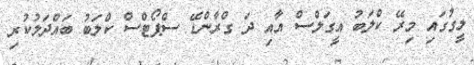
ލީގުގައި މިރޭ ކްލަބު އީގަލްސް އާއި ދަ ގްރާންޑޭ ސްޕޯޓްސް ކްލަބު ބައްދަލުކުރި